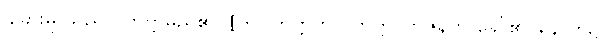
ခွဲခြားမှု သည် ဝိဘတ္တမည်၏။ [ဤဝိဘတ္တကို ဝိဘတ္တဝိဘဇနဟု ခေါ်၏၊ နောက်၌